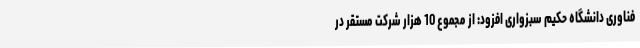
فناوری دانشگاه حکیم سبزواری افزود: از مجموع 10 هزار شرکت مستقر در